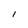
Character: I